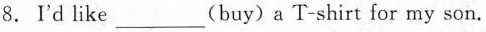
8.I'd like ___ (buy) a T-shirt for my son.